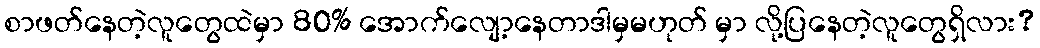
စာဖတ်နေတဲ့လူတွေထဲမှာ 80% အောက်လျော့နေတာဒါမှမဟုတ် မှာ လို့ပြနေတဲ့လူတွေရှိလား?